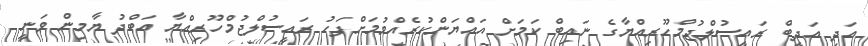
އަދި އަދީބް ރައީސުލްޖުމްހޫރިއްޔާގެ ނައިބް ކަމަށް އައްޔަންކުރެއްވުމަށްފަހު ރައީސުލްޖުމްހޫރިއްޔާ އަބްދު ޔާމިން ވަނީ